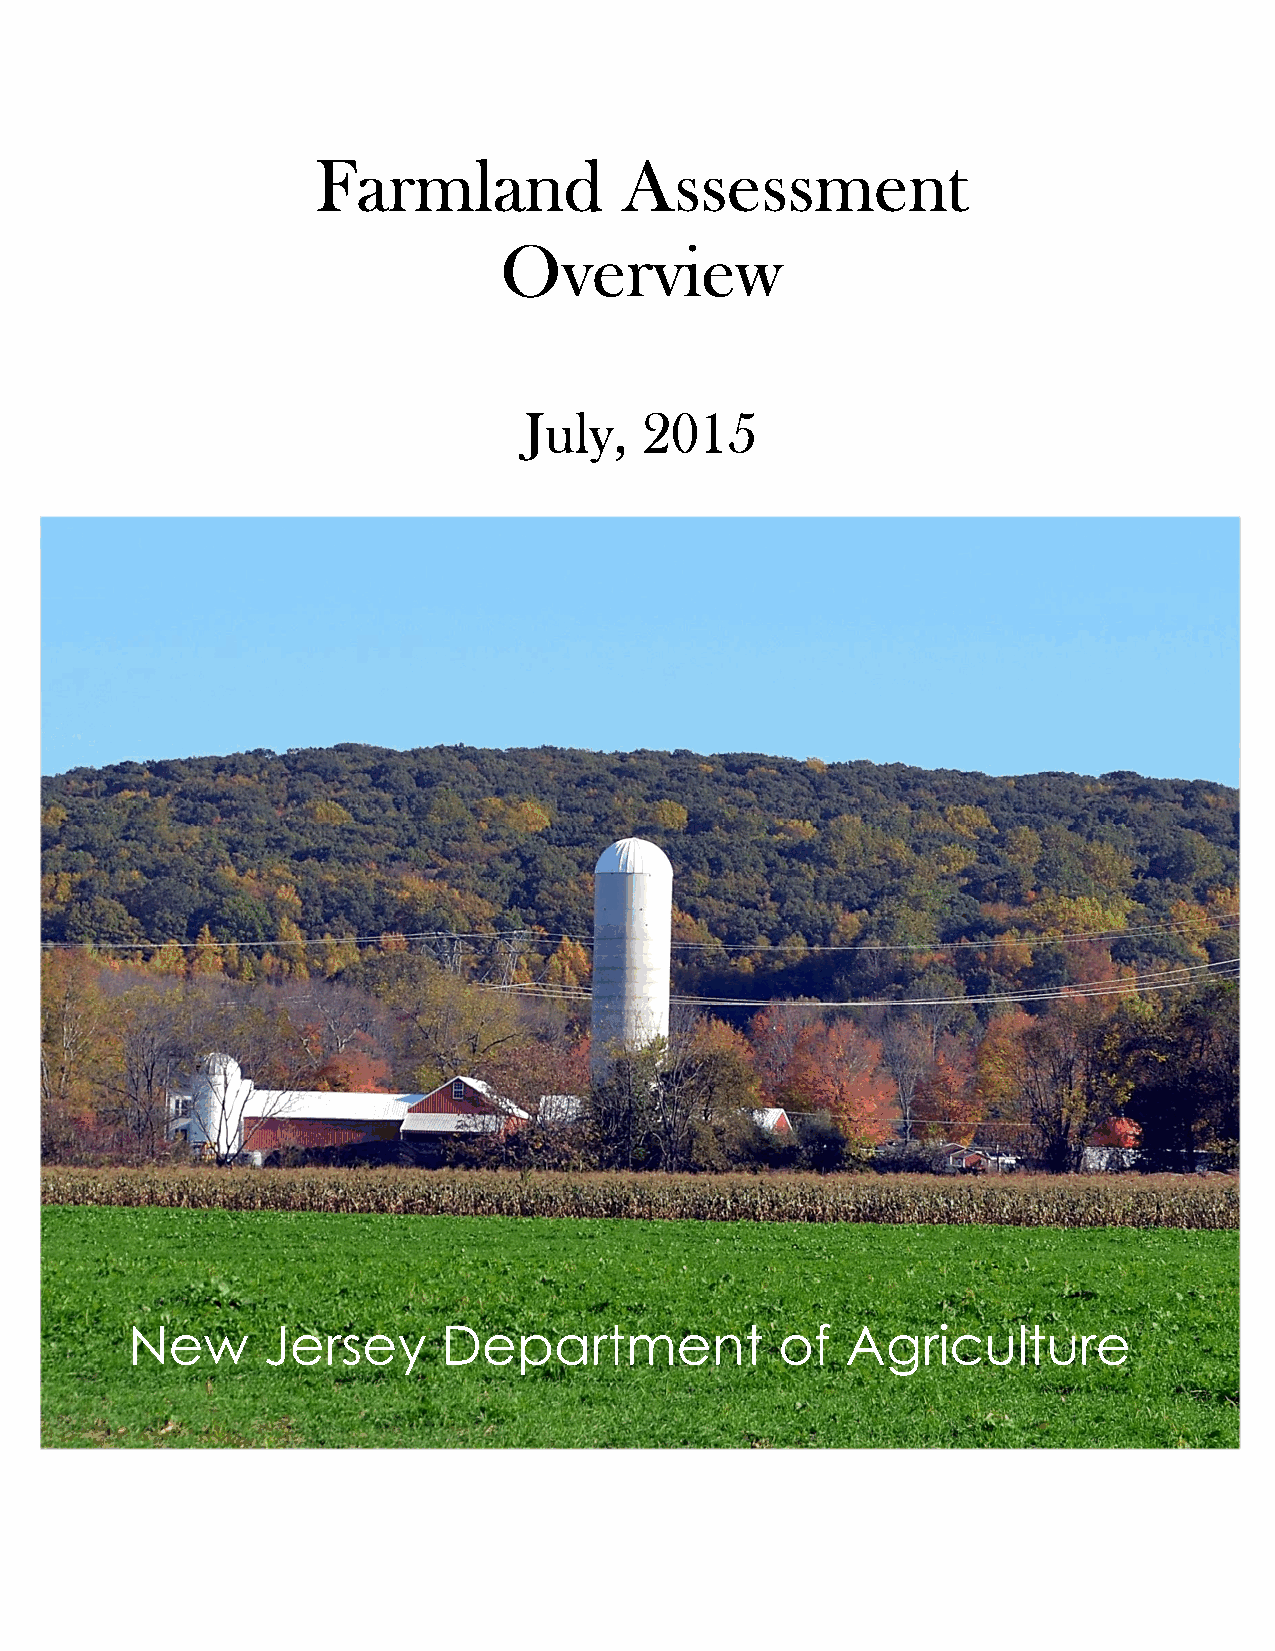
FFFFaaaarrrrmmmmllllaaaannnndddd AAAAsssssssseeeessssssssmmmmeeeennnntttt
 OOOOvvvveeeerrrrvvvviiiieeeewwww
 JJJJuuuullllyyyy,,,, 2222000011115555
 New      Jersey      Department             of  Agriculture